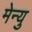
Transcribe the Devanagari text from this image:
मेन्‍यु